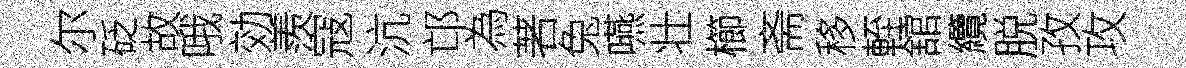
尔砭故哦効羨寇沆邙為著兔嚥壮櫛斋移輊舘纜脱孜攻